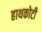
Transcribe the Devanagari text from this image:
हाथकोटी